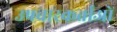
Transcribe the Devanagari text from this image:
उपचारकर्ताओं